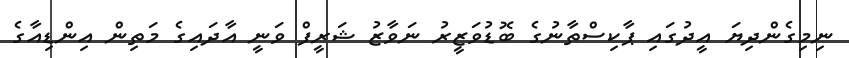
ނިމިގެންދިޔަ އީދުގައި ޕާކިސްތާނުގެ ބޮޑުވަޒީރު ނަވާޒު ޝަރީފް ވަނީ އާދައިގެ މަތިން އިންޑިއާގެ